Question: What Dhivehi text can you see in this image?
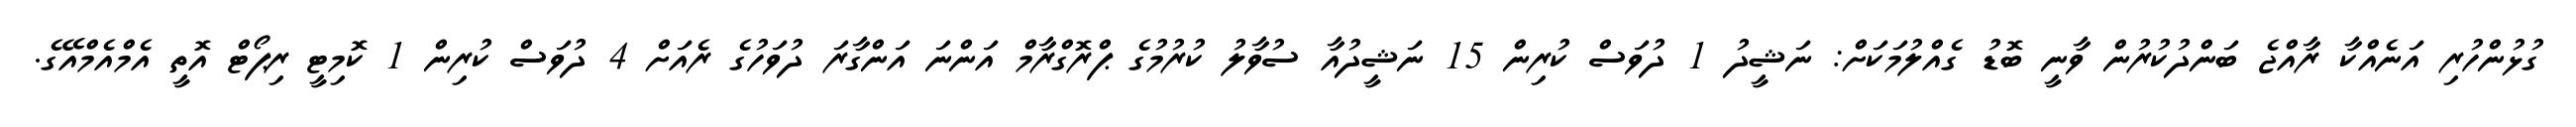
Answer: ގުޅުންހުރި އަނެއްކާ ރާއްޖެ ބަންދުކުރުން ވާނީ ބޮޑު ގެއްލުމަކަށް: ނަޝީދު 1 ދުވަސް ކުރިން 15 ނަޝީދުއާ ސުވާލު ކުރުމުގެ ޕްރޮގްރާމް އަންނަ އަންގާރަ ދުވަހުގެ ރެއަށް 4 ދުވަސް ކުރިން 1 ކޮމިޓީ ރިޕޯޓް އޮތީ އެމްއެމްއޭގެ.